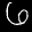
Label: 6